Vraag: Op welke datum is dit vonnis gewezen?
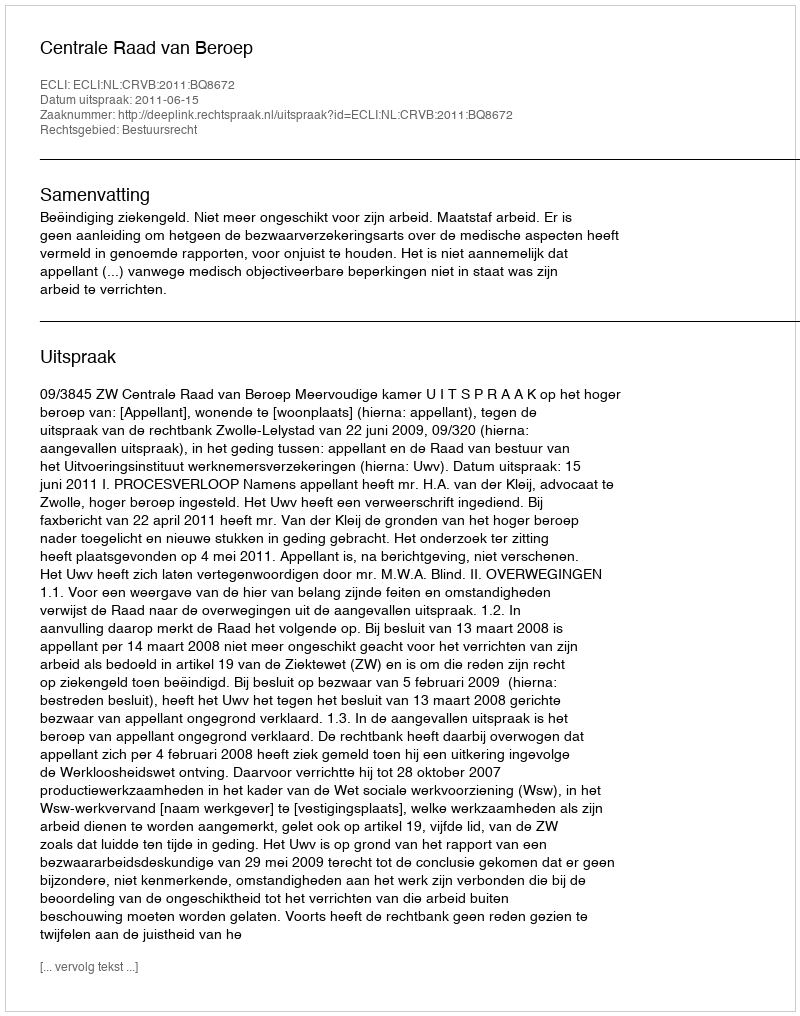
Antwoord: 2011-06-15